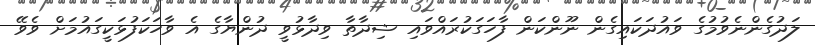
ލަދުގެންނެވުމުގެ ވައުދަކައިގެން ނޫންކަން ފާހަގަކުރައްވައި ޝިދާތާ ވިދާޅުވީ ދުންޔާގެ އެ ވާހަކަފުޅަކީގައުމަށް ވެވޭ